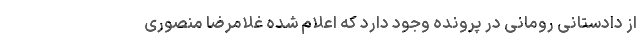
از دادستانی رومانی در پرونده وجود دارد که اعلام شده غلامرضا منصوری